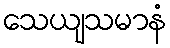
သေယျသမာနံ